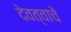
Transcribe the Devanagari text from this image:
देवत्वाचें